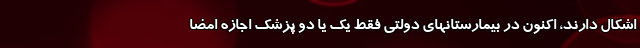
اشکال دارند، اکنون در بیمارستانهای دولتی فقط یک یا دو پزشک اجازه امضا